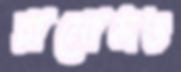
রামোসও